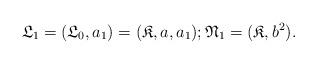
LaTeX: \begin{align*}\mathfrak{L}_{1} = (\mathfrak{L}_{0}, a_{1}) = (\mathfrak{K}, a, a_{1}); \mathfrak{N}_{1} = (\mathfrak{K}, b^{2}).\end{align*}